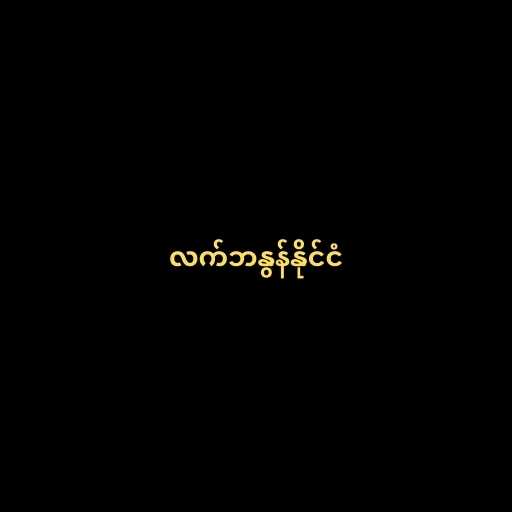
လက်ဘနွန်နိုင်ငံ